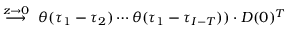
\stackrel { z \to 0 } { \longrightarrow } ~ \theta ( \tau _ { 1 } - \tau _ { 2 } ) \cdots \theta ( \tau _ { 1 } - \tau _ { I - T } ) ) \cdot D ( 0 ) ^ { T }